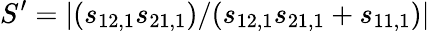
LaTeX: S^{\prime}=|(s_{12,1}s_{21,1})/(s_{12,1}s_{21,1}+s_{11,1})|